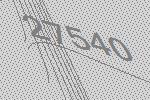
27540